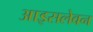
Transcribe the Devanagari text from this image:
आइसलेवन